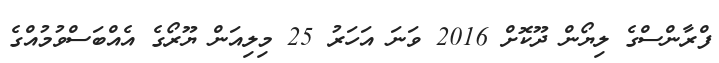
ފްރާންސްގެ ލިޔޯން ދޫކޮށް 2016 ވަނަ އަހަރު 25 މިލިއަން ޔޫރޯގެ އެއްބަސްވުމުއްގެ